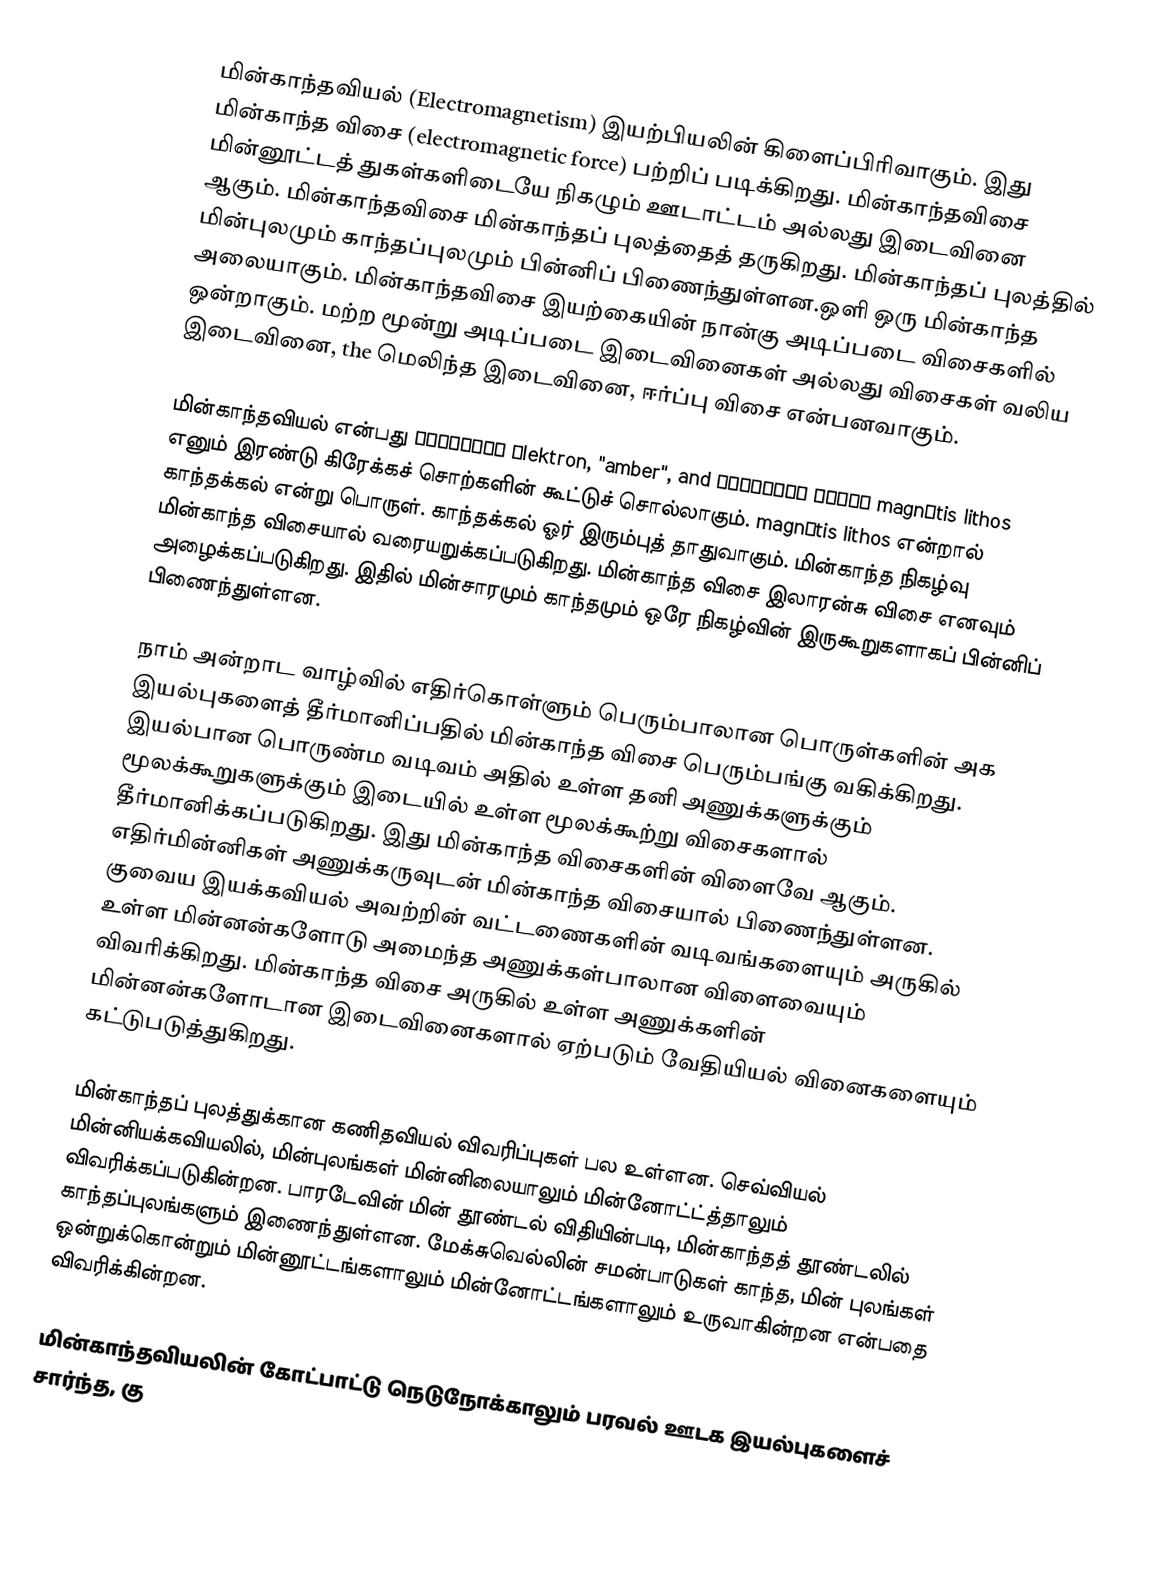
மின்காந்தவியல் (Electromagnetism) இயற்பியலின் கிளைப்பிரிவாகும். இது மின்காந்த விசை (electromagnetic force) பற்றிப் படிக்கிறது. மின்காந்தவிசை மின்னூட்டத் துகள்களிடையே நிகழும் ஊடாட்டம் அல்லது இடைவினை ஆகும். மின்காந்தவிசை மின்காந்தப் புலத்தைத் தருகிறது. மின்காந்தப் புலத்தில் மின்புலமும் காந்தப்புலமும் பின்னிப் பிணைந்துள்ளன.ஒளி ஒரு மின்காந்த அலையாகும். மின்காந்தவிசை இயற்கையின் நான்கு அடிப்படை விசைகளில் ஒன்றாகும். மற்ற மூன்று அடிப்படை இடைவினைகள் அல்லது விசைகள் வலிய இடைவினை, the மெலிந்த இடைவினை, ஈர்ப்பு விசை என்பனவாகும்.

மின்காந்தவியல் என்பது ἤλεκτρον ēlektron, "amber", and μαγνῆτις λίθος magnētis lithos எனும் இரண்டு கிரேக்கச் சொற்களின் கூட்டுச் சொல்லாகும். magnētis lithos என்றால் காந்தக்கல் என்று பொருள். காந்தக்கல் ஓர் இரும்புத் தாதுவாகும்.  மின்காந்த நிகழ்வு மின்காந்த விசையால் வரையறுக்கப்படுகிறது. மின்காந்த விசை இலாரன்சு விசை எனவும் அழைக்கப்படுகிறது. இதில் மின்சாரமும் காந்தமும் ஒரே நிகழ்வின் இருகூறுகளாகப் பின்னிப் பிணைந்துள்ளன.

நாம் அன்றாட வாழ்வில் எதிர்கொள்ளும் பெரும்பாலான பொருள்களின் அக இயல்புகளைத் தீர்மானிப்பதில் மின்காந்த விசை பெரும்பங்கு வகிக்கிறது. இயல்பான பொருண்ம வடிவம் அதில் உள்ள தனி அணுக்களுக்கும் மூலக்கூறுகளுக்கும் இடையில் உள்ள மூலக்கூற்று விசைகளால் தீர்மானிக்கப்படுகிறது. இது மின்காந்த விசைகளின் விளைவே ஆகும். எதிர்மின்னிகள் அணுக்கருவுடன் மின்காந்த விசையால் பிணைந்துள்ளன. குவைய இயக்கவியல் அவற்றின் வட்டணைகளின் வடிவங்களையும் அருகில் உள்ள மின்னன்களோடு அமைந்த அணுக்கள்பாலான விளைவையும் விவரிக்கிறது. மின்காந்த விசை அருகில் உள்ள அணுக்களின் மின்னன்களோடான இடைவினைகளால் ஏற்படும்  வேதியியல் வினைகளையும் கட்டுபடுத்துகிறது.

மின்காந்தப் புலத்துக்கான கணிதவியல் விவரிப்புகள் பல உள்ளன.  செவ்வியல் மின்னியக்கவியலில், மின்புலங்கள் மின்னிலையாலும் மின்னோட்ட்த்தாலும் விவரிக்கப்படுகின்றன. பாரடேவின் மின் தூண்டல் விதியின்படி, மின்காந்தத் தூண்டலில் காந்தப்புலங்களும் இணைந்துள்ளன. மேக்சுவெல்லின் சமன்பாடுகள் காந்த, மின் புலங்கள் ஒன்றுக்கொன்றும் மின்னூட்டங்களாலும் மின்னோட்டங்களாலும் உருவாகின்றன என்பதை விவரிக்கின்றன.

மின்காந்தவியலின் கோட்பாட்டு நெடுநோக்காலும் பரவல் ஊடக இயல்புகளைச் சார்ந்த,  கு